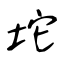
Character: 坨